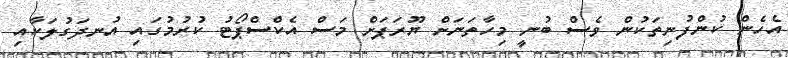
އެހެން ކުންފުނިތަކުން ވެސް ބުނީ މިހާތަނަށް ޔޫރަޕަށް މަސް އެކްސްޕޯޓު ކުރުމުގައި އުނދަގުލަކާއި